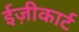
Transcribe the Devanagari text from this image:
ईज़ीकार्ट